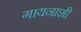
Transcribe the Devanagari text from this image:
गायनाशी